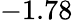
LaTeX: -1.78